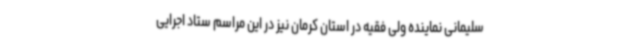
سلیمانی نماینده ولی فقیه در استان کرمان نیز در این مراسم ستاد اجرایی